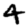
Digit: 4